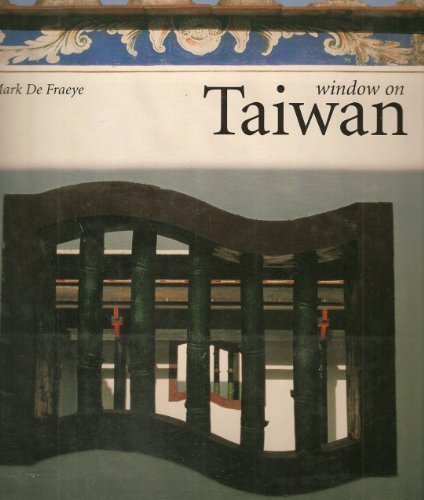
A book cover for Window on Taiwan; Mark De Fraeye; Travel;